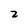
Character: 2